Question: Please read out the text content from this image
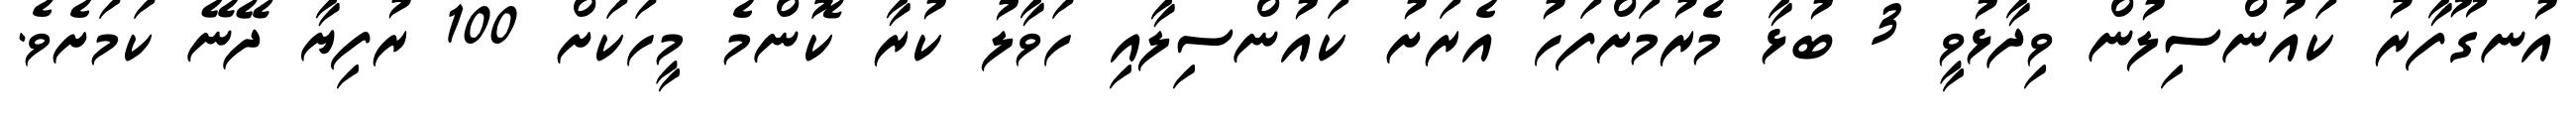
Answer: އުނގޫފާރު ކައުންސިލުން ވިދާޅުވީ 3 ބުޅާ މެރުމަށްފަހު އެރަށު ކައުންސިލާއި ހަވާލު ކުރާ ކޮންމެ މީހަކަށް 100 ރުފިޔާ ދޭނޭ ކަމަށެވެ.